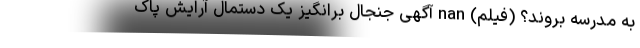
به مدرسه بروند؟ (فیلم) nan آگهی جنجال برانگیز یک دستمال آرایش پاک